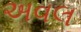
અવલ